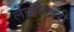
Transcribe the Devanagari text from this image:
लेबाॅरेटाॅरी